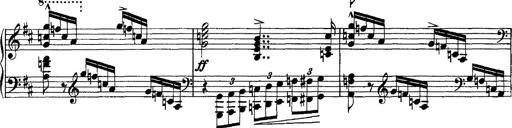
Title: Piano Sonata
Composer: Karl HÃ¤ssler
Key: C major